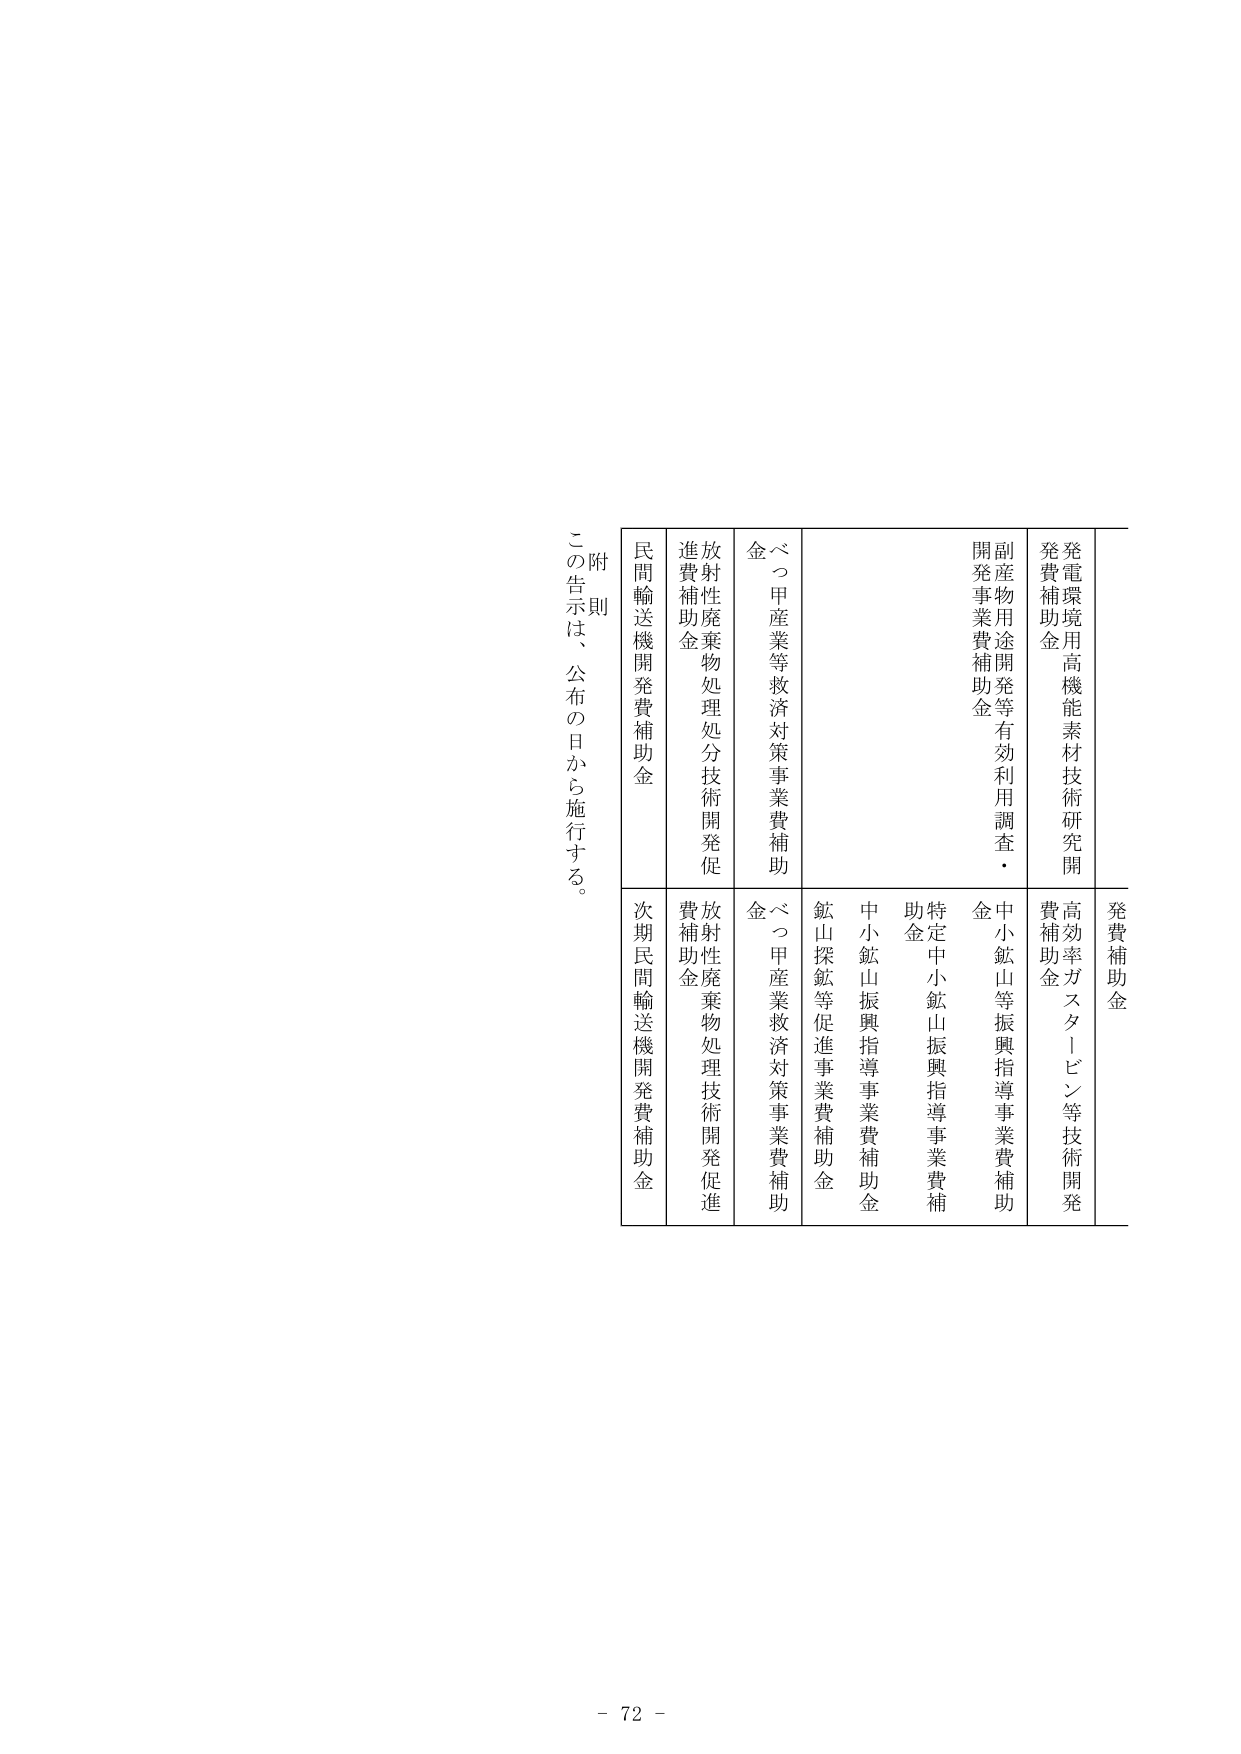
発費補助金
発電環境用高機能素材技術研究開発費補助金
副産物用途開発等有効利用調査・開発事業費補助金
べつ甲産業等救済対策事業費補助金
放射性廃棄物処理処分技術開発促進費補助金
民間輸送機開発費補助金
発費補助金
高効率ガスタービン等技術開発費補助金
中小鉱山等振興指導事業費補助金
特定中小鉱山振興指導事業費補助金
中小鉱山振興指導事業費補助金
鉱山探鉱等促進事業費補助金
べつ甲産業救済対策事業費補助金
放射性廃棄物処理技術開発促進費補助金
次期民間輸送機開発費補助金
附則
この告示は、公布の日から施行する。
- 72 -